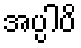
အပ္ပါပိ